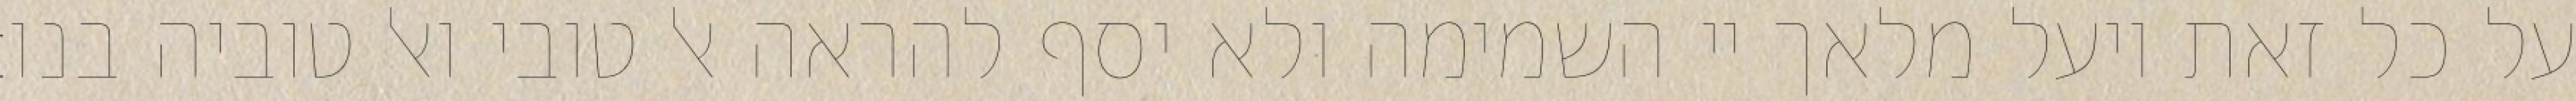
על כל זאת ויעל מלאך יי השמימה ולא יסף להראה אל טובי ואל טוביה בנו: